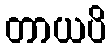
တာယပိ